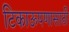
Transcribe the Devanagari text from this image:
टिकाऊपणासाठी